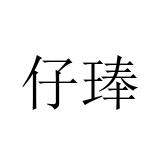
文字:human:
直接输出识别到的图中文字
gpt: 仔琫